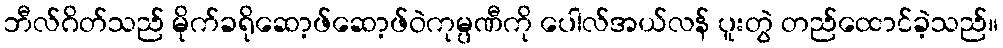
ဘီလ်ဂိတ်သည် မိုက်ခရိုဆော့ဖ်ဆော့ဖ်ဝဲကုမ္ပဏီကို ပေါလ်အယ်လန် ပူးတွဲ တည်ထောင်ခဲ့သည်။